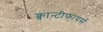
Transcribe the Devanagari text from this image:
क्वान्टीफायर्स